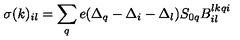
\sigma ( k ) _ { i l } = \sum _ { q } e ( \Delta _ { q } - \Delta _ { i } - \Delta _ { l } ) S _ { 0 q } B _ { i l } ^ { l k q i }